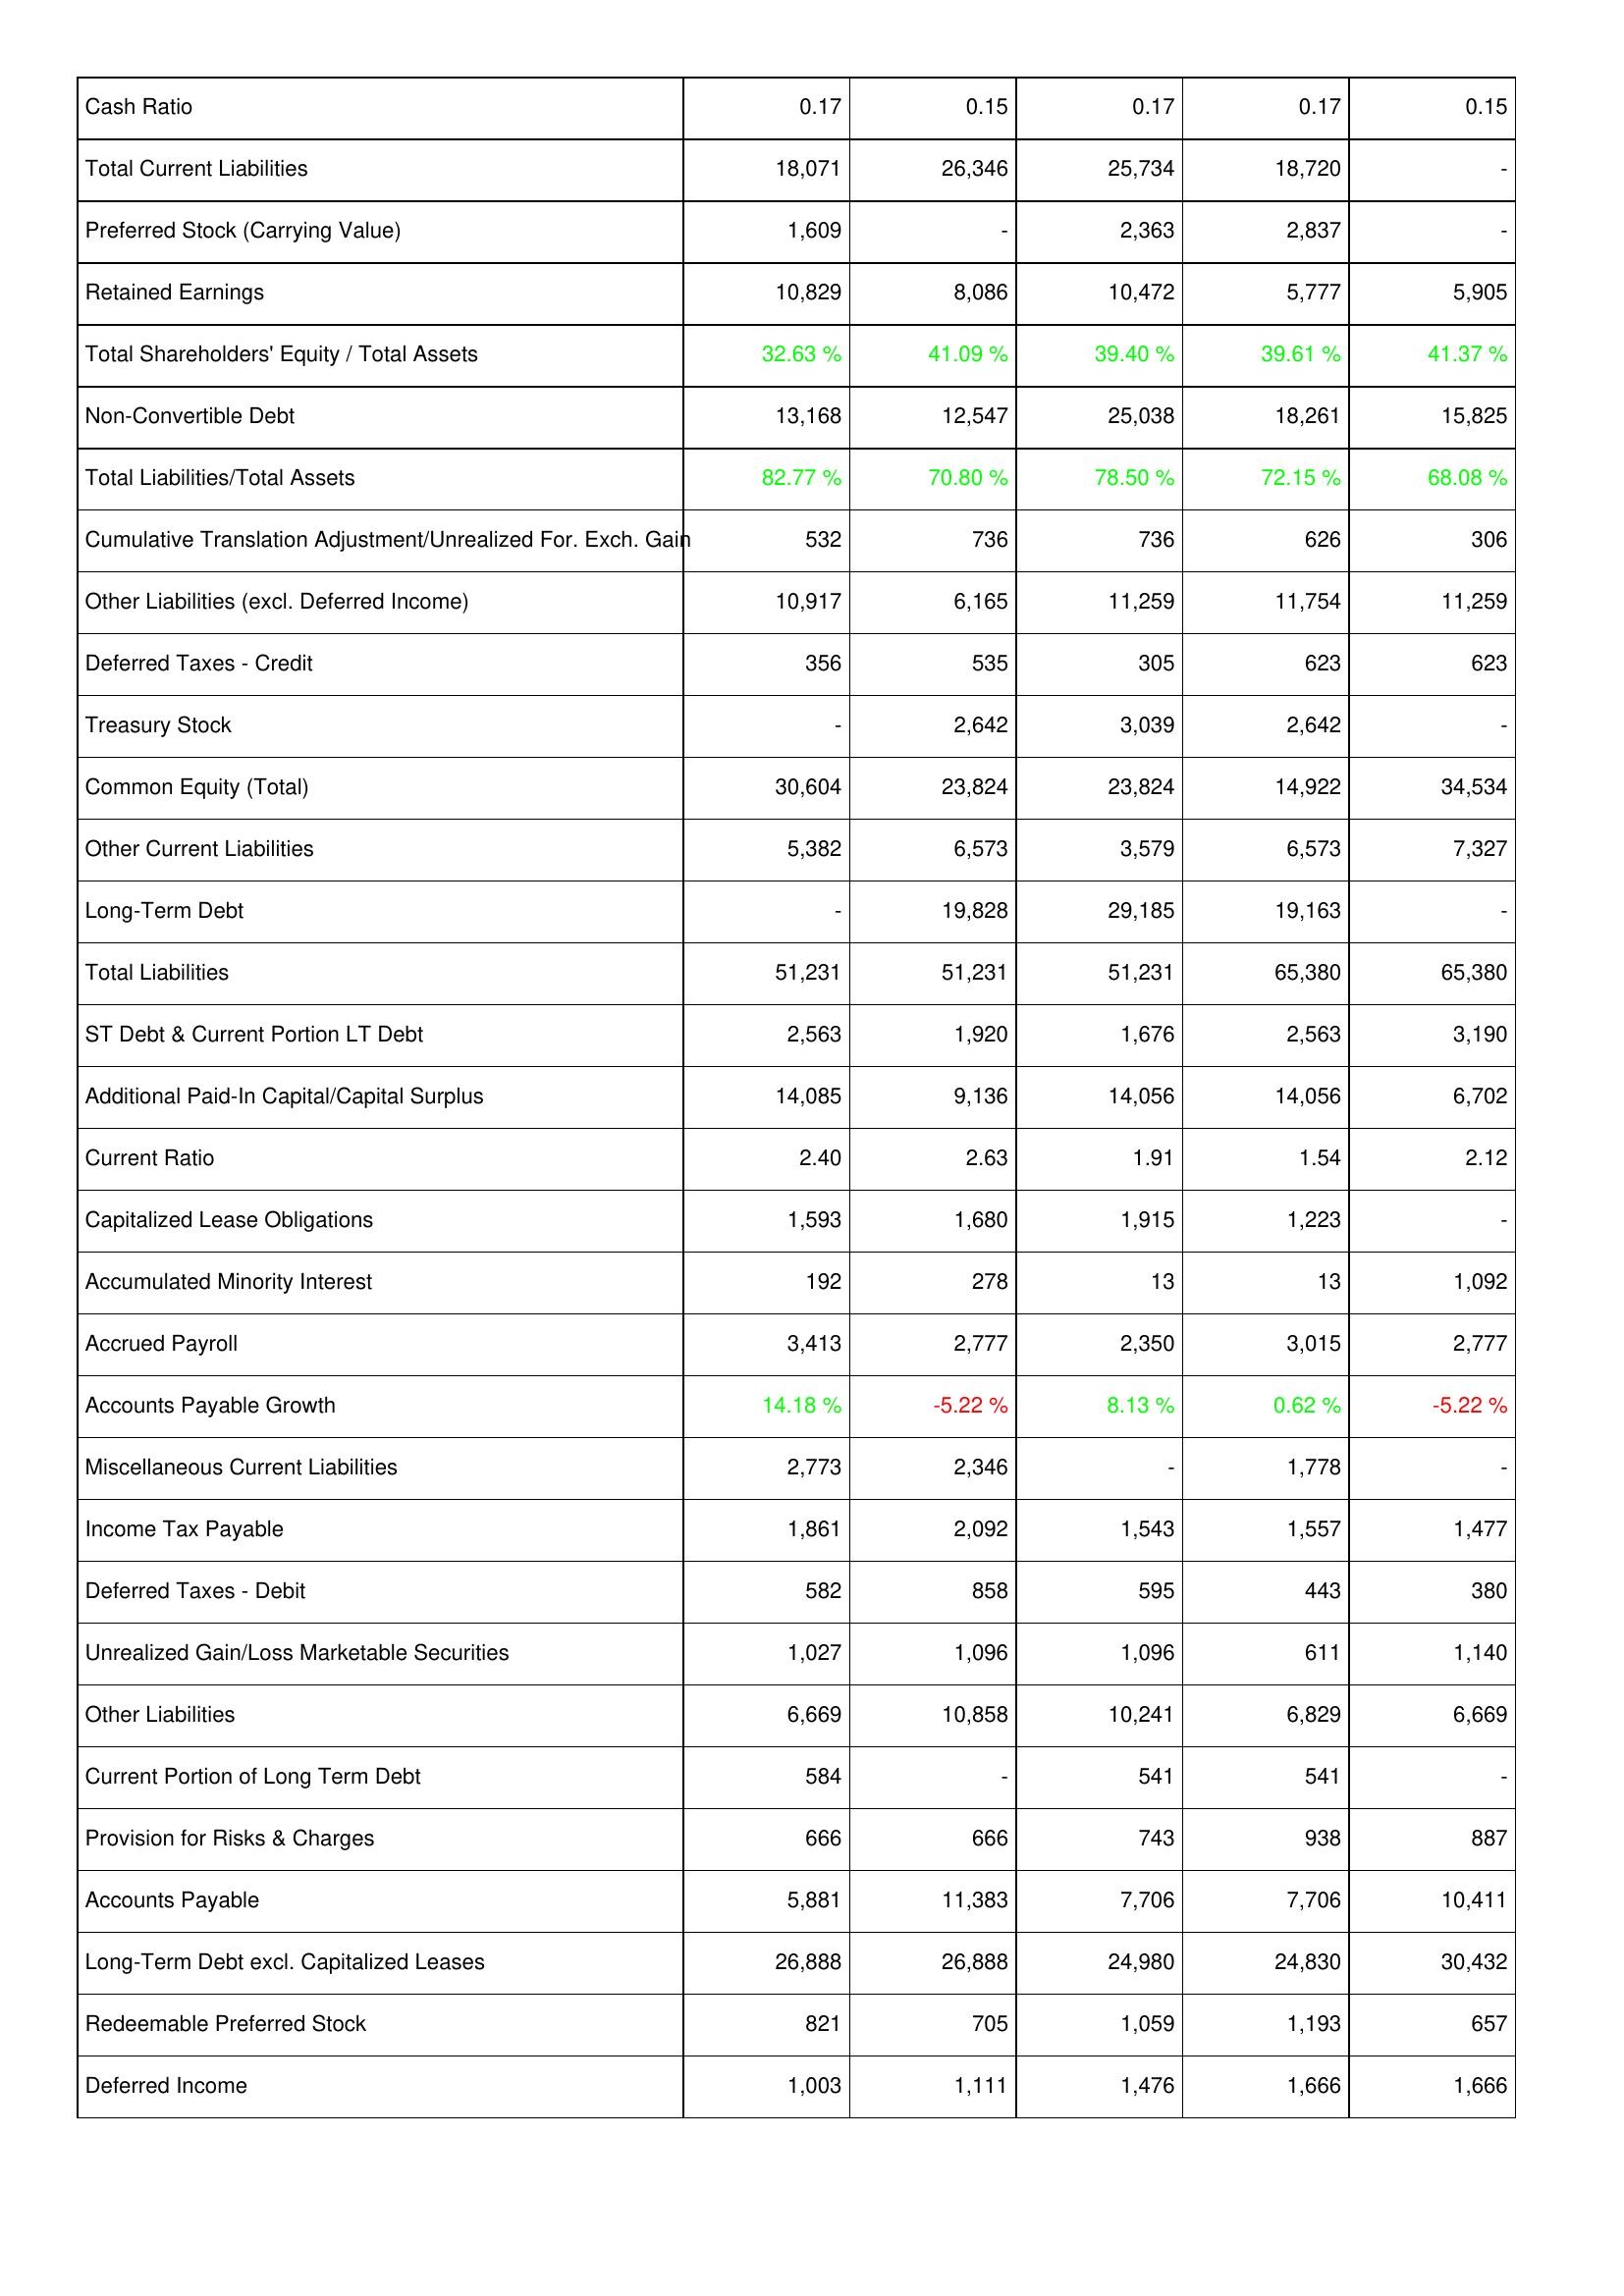
2015: Liabilities & Shareholders' Equity: Cash Ratio: 0.17
Total Current Liabilities: 18,071
Preferred Stock (Carrying Value): 1,609
Retained Earnings: 10,829
Total Shareholders' Equity / Total Assets: 32.63 %
Non-Convertible Debt: 13,168
Total Liabilities/Total Assets: 82.77 %
Cumulative Translation Adjustment/Unrealized For. Exch. Gain: 532
Other Liabilities (excl. Deferred Income): 10,917
Deferred Taxes - Credit: 356
Treasury Stock: -
Common Equity (Total): 30,604
Other Current Liabilities: 5,382
Long-Term Debt: -
Total Liabilities: 51,231
ST Debt & Current Portion LT Debt: 2,563
Additional Paid-In Capital/Capital Surplus: 14,085
Current Ratio: 2.40
Capitalized Lease Obligations: 1,593
Accumulated Minority Interest: 192
Accrued Payroll: 3,413
Accounts Payable Growth: 14.18 %
Miscellaneous Current Liabilities: 2,773
Income Tax Payable: 1,861
Deferred Taxes - Debit: 582
Unrealized Gain/Loss Marketable Securities: 1,027
Other Liabilities: 6,669
Current Portion of Long Term Debt: 584
Provision for Risks & Charges: 666
Accounts Payable: 5,881
Long-Term Debt excl. Capitalized Leases: 26,888
Redeemable Preferred Stock: 821
Deferred Income: 1,003
2016: Liabilities & Shareholders' Equity: Cash Ratio: 0.15
Total Current Liabilities: 26,346
Preferred Stock (Carrying Value): -
Retained Earnings: 8,086
Total Shareholders' Equity / Total Assets: 41.09 %
Non-Convertible Debt: 12,547
Total Liabilities/Total Assets: 70.80 %
Cumulative Translation Adjustment/Unrealized For. Exch. Gain: 736
Other Liabilities (excl. Deferred Income): 6,165
Deferred Taxes - Credit: 535
Treasury Stock: 2,642
Common Equity (Total): 23,824
Other Current Liabilities: 6,573
Long-Term Debt: 19,828
Total Liabilities: 51,231
ST Debt & Current Portion LT Debt: 1,920
Additional Paid-In Capital/Capital Surplus: 9,136
Current Ratio: 2.63
Capitalized Lease Obligations: 1,680
Accumulated Minority Interest: 278
Accrued Payroll: 2,777
Accounts Payable Growth: -5.22 %
Miscellaneous Current Liabilities: 2,346
Income Tax Payable: 2,092
Deferred Taxes - Debit: 858
Unrealized Gain/Loss Marketable Securities: 1,096
Other Liabilities: 10,858
Current Portion of Long Term Debt: -
Provision for Risks & Charges: 666
Accounts Payable: 11,383
Long-Term Debt excl. Capitalized Leases: 26,888
Redeemable Preferred Stock: 705
Deferred Income: 1,111
2017: Liabilities & Shareholders' Equity: Cash Ratio: 0.17
Total Current Liabilities: 25,734
Preferred Stock (Carrying Value): 2,363
Retained Earnings: 10,472
Total Shareholders' Equity / Total Assets: 39.40 %
Non-Convertible Debt: 25,038
Total Liabilities/Total Assets: 78.50 %
Cumulative Translation Adjustment/Unrealized For. Exch. Gain: 736
Other Liabilities (excl. Deferred Income): 11,259
Deferred Taxes - Credit: 305
Treasury Stock: 3,039
Common Equity (Total): 23,824
Other Current Liabilities: 3,579
Long-Term Debt: 29,185
Total Liabilities: 51,231
ST Debt & Current Portion LT Debt: 1,676
Additional Paid-In Capital/Capital Surplus: 14,056
Current Ratio: 1.91
Capitalized Lease Obligations: 1,915
Accumulated Minority Interest: 13
Accrued Payroll: 2,350
Accounts Payable Growth: 8.13 %
Miscellaneous Current Liabilities: -
Income Tax Payable: 1,543
Deferred Taxes - Debit: 595
Unrealized Gain/Loss Marketable Securities: 1,096
Other Liabilities: 10,241
Current Portion of Long Term Debt: 541
Provision for Risks & Charges: 743
Accounts Payable: 7,706
Long-Term Debt excl. Capitalized Leases: 24,980
Redeemable Preferred Stock: 1,059
Deferred Income: 1,476
2018: Liabilities & Shareholders' Equity: Cash Ratio: 0.17
Total Current Liabilities: 18,720
Preferred Stock (Carrying Value): 2,837
Retained Earnings: 5,777
Total Shareholders' Equity / Total Assets: 39.61 %
Non-Convertible Debt: 18,261
Total Liabilities/Total Assets: 72.15 %
Cumulative Translation Adjustment/Unrealized For. Exch. Gain: 626
Other Liabilities (excl. Deferred Income): 11,754
Deferred Taxes - Credit: 623
Treasury Stock: 2,642
Common Equity (Total): 14,922
Other Current Liabilities: 6,573
Long-Term Debt: 19,163
Total Liabilities: 65,380
ST Debt & Current Portion LT Debt: 2,563
Additional Paid-In Capital/Capital Surplus: 14,056
Current Ratio: 1.54
Capitalized Lease Obligations: 1,223
Accumulated Minority Interest: 13
Accrued Payroll: 3,015
Accounts Payable Growth: 0.62 %
Miscellaneous Current Liabilities: 1,778
Income Tax Payable: 1,557
Deferred Taxes - Debit: 443
Unrealized Gain/Loss Marketable Securities: 611
Other Liabilities: 6,829
Current Portion of Long Term Debt: 541
Provision for Risks & Charges: 938
Accounts Payable: 7,706
Long-Term Debt excl. Capitalized Leases: 24,830
Redeemable Preferred Stock: 1,193
Deferred Income: 1,666
2019: Liabilities & Shareholders' Equity: Cash Ratio: 0.15
Total Current Liabilities: -
Preferred Stock (Carrying Value): -
Retained Earnings: 5,905
Total Shareholders' Equity / Total Assets: 41.37 %
Non-Convertible Debt: 15,825
Total Liabilities/Total Assets: 68.08 %
Cumulative Translation Adjustment/Unrealized For. Exch. Gain: 306
Other Liabilities (excl. Deferred Income): 11,259
Deferred Taxes - Credit: 623
Treasury Stock: -
Common Equity (Total): 34,534
Other Current Liabilities: 7,327
Long-Term Debt: -
Total Liabilities: 65,380
ST Debt & Current Portion LT Debt: 3,190
Additional Paid-In Capital/Capital Surplus: 6,702
Current Ratio: 2.12
Capitalized Lease Obligations: -
Accumulated Minority Interest: 1,092
Accrued Payroll: 2,777
Accounts Payable Growth: -5.22 %
Miscellaneous Current Liabilities: -
Income Tax Payable: 1,477
Deferred Taxes - Debit: 380
Unrealized Gain/Loss Marketable Securities: 1,140
Other Liabilities: 6,669
Current Portion of Long Term Debt: -
Provision for Risks & Charges: 887
Accounts Payable: 10,411
Long-Term Debt excl. Capitalized Leases: 30,432
Redeemable Preferred Stock: 657
Deferred Income: 1,666